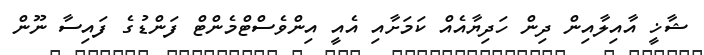
ޝާޚީ އާއިލާއިން ދިން ހަދިޔާއެއް ކަމަށާއި އެއީ އިންވެސްޓްމެންޓް ފަންޑުގެ ފައިސާ ނޫން